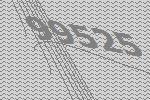
99525